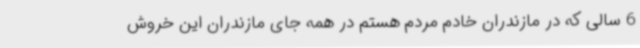
6 سالی که در مازندران خادم مردم هستم در همه جای مازندران این خروش